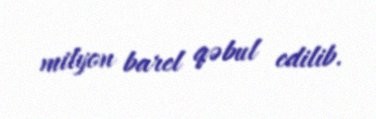
milyon barel qəbul edilib.